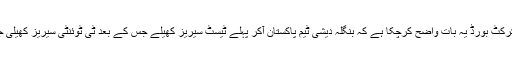
پاکستان کرکٹ بورڈ یہ بات واضح کرچکا ہے کہ بنگلہ دیشی ٹیم پاکستان آکر پہلے ٹیسٹ سیریز کھیلے جس کے بعد ٹی ٹوئنٹی سیریز کھیلی جائے گی۔